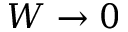
W \to 0